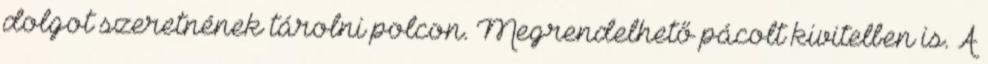
dolgot szeretnének tárolni polcon. Megrendelhető pácolt kivitelben is. A